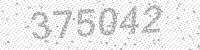
Solution: 375042